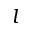
l